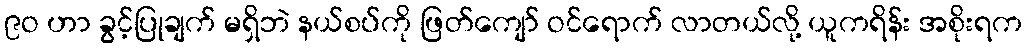
၉ဝ ဟာ ခွင့်ပြုချက် မရှိဘဲ နယ်စပ်ကို ဖြတ်ကျော် ဝင်ရောက် လာတယ်လို့ ယူကရိန်း အစိုးရက